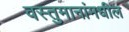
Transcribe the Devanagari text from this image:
वस्तुमानांमधील